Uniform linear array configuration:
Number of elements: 32
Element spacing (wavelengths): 1
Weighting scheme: exponential
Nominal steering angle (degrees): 30
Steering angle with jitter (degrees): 30.727
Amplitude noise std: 0.05
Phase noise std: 0.05

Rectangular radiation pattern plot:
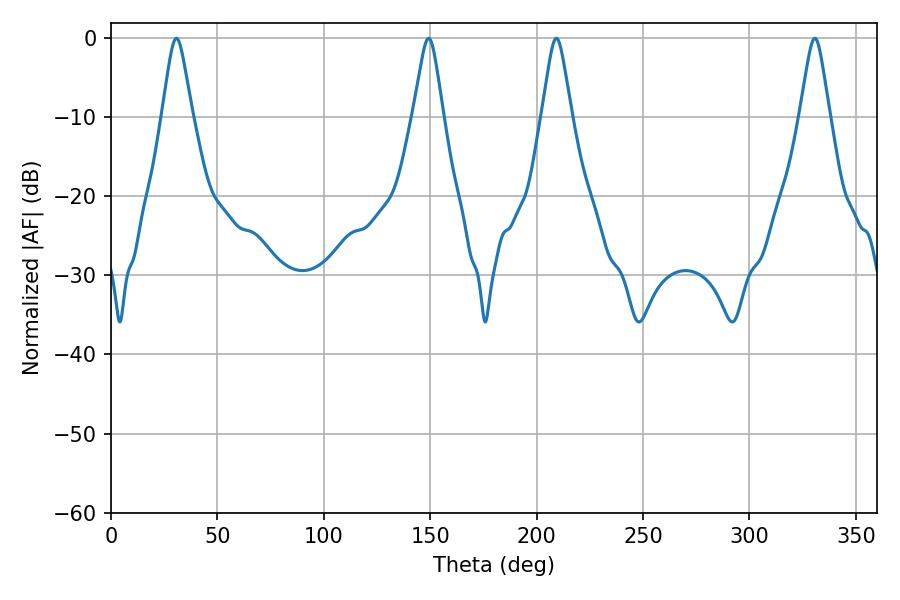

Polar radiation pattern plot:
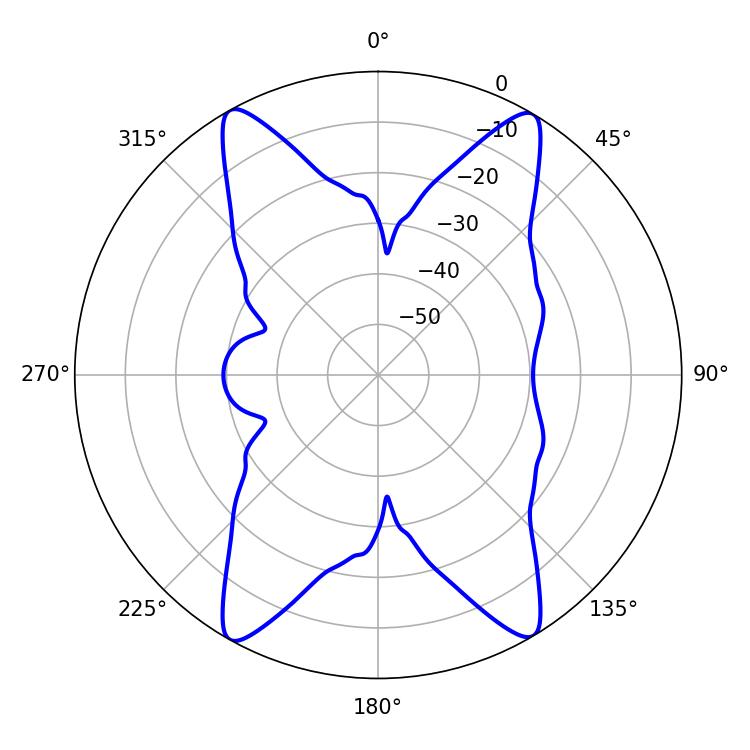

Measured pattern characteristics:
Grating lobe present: TRUE
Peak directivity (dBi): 22.278
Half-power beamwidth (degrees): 6.66
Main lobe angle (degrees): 30.78